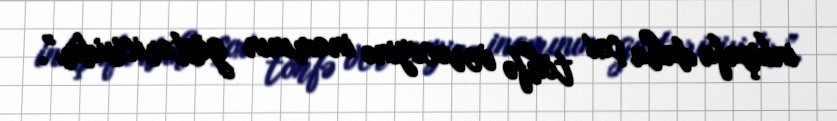
inkişafa daha çox töhfə verəcəyinə inamının göstəricisidir”.